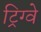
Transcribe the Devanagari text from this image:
ट्रिग्वे